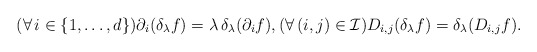
\begin{align*}(\forall\,i\in\{1,\dotsc,d\}) \partial_i(\delta_\lambda f) = \lambda \, \delta_\lambda(\partial_i f), (\forall\,(i,j)\in\mathcal{I}) D_{i,j}(\delta_\lambda f) = \delta_\lambda(D_{i,j} f).\end{align*}